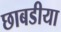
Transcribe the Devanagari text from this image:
छाबडीया